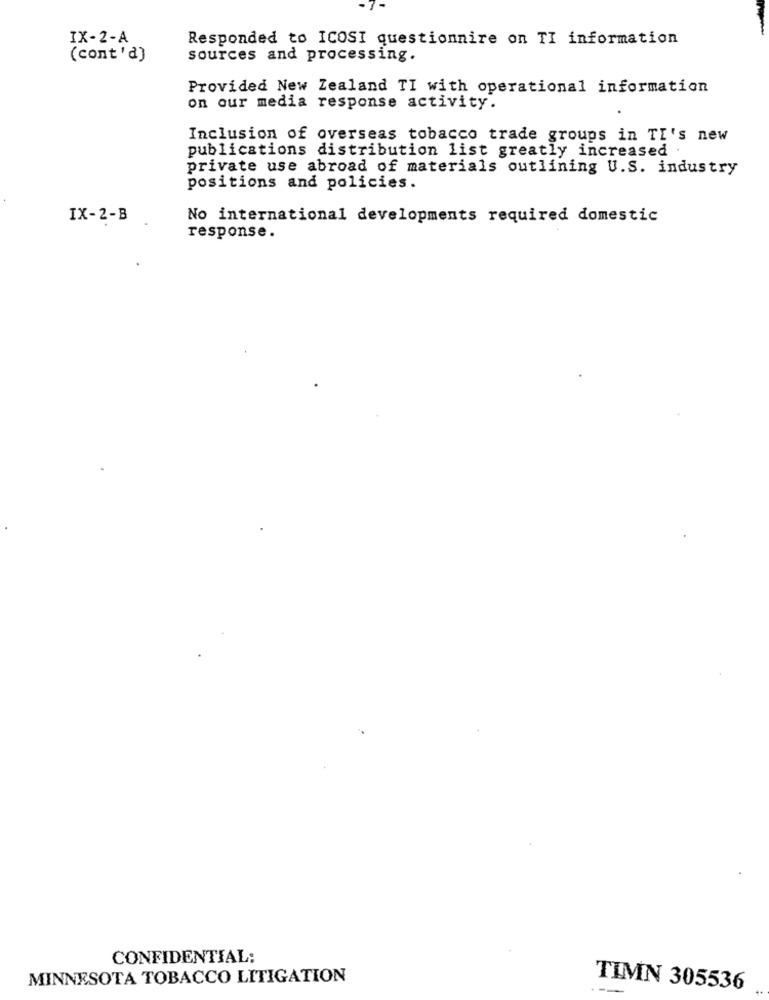
IX-2-A
Responded to ICOSI questionnire on TI information
(cont'd)
sources and processing.
Provided New Zealand TI with operational information
on our media response activity.
Inclusion of overseas tobacco trade groups in TI's new
publications distribution list greatly increased
private use abroad of materials outlining U.S. industry
positions and policies.
IX-2-B
No international developments required domestic
response.
CONFIDENTIAL:
MINNESOTA TOBACCO LITIGATION
TIMN 305536